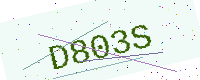
Text: D803S